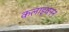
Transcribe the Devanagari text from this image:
कलाइवनन